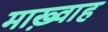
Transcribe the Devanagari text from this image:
माख़्वाह